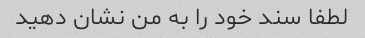
لطفا سند خود را به من نشان دهید